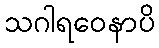
သဂါရဝေနာပိ